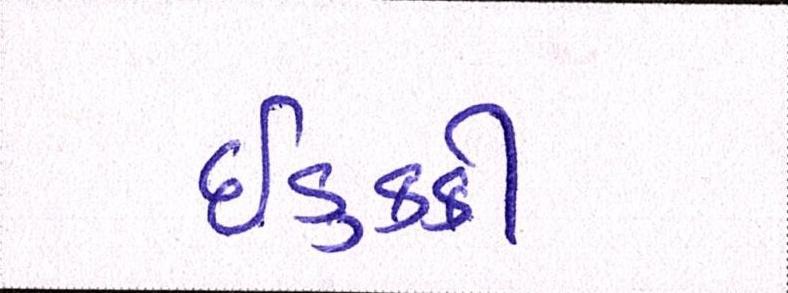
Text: ઈડુક્કી